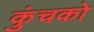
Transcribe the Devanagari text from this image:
कुंचको